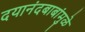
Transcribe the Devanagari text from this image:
दयानंदबाबांमुळे